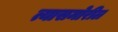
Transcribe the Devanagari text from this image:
त्यासमोरील